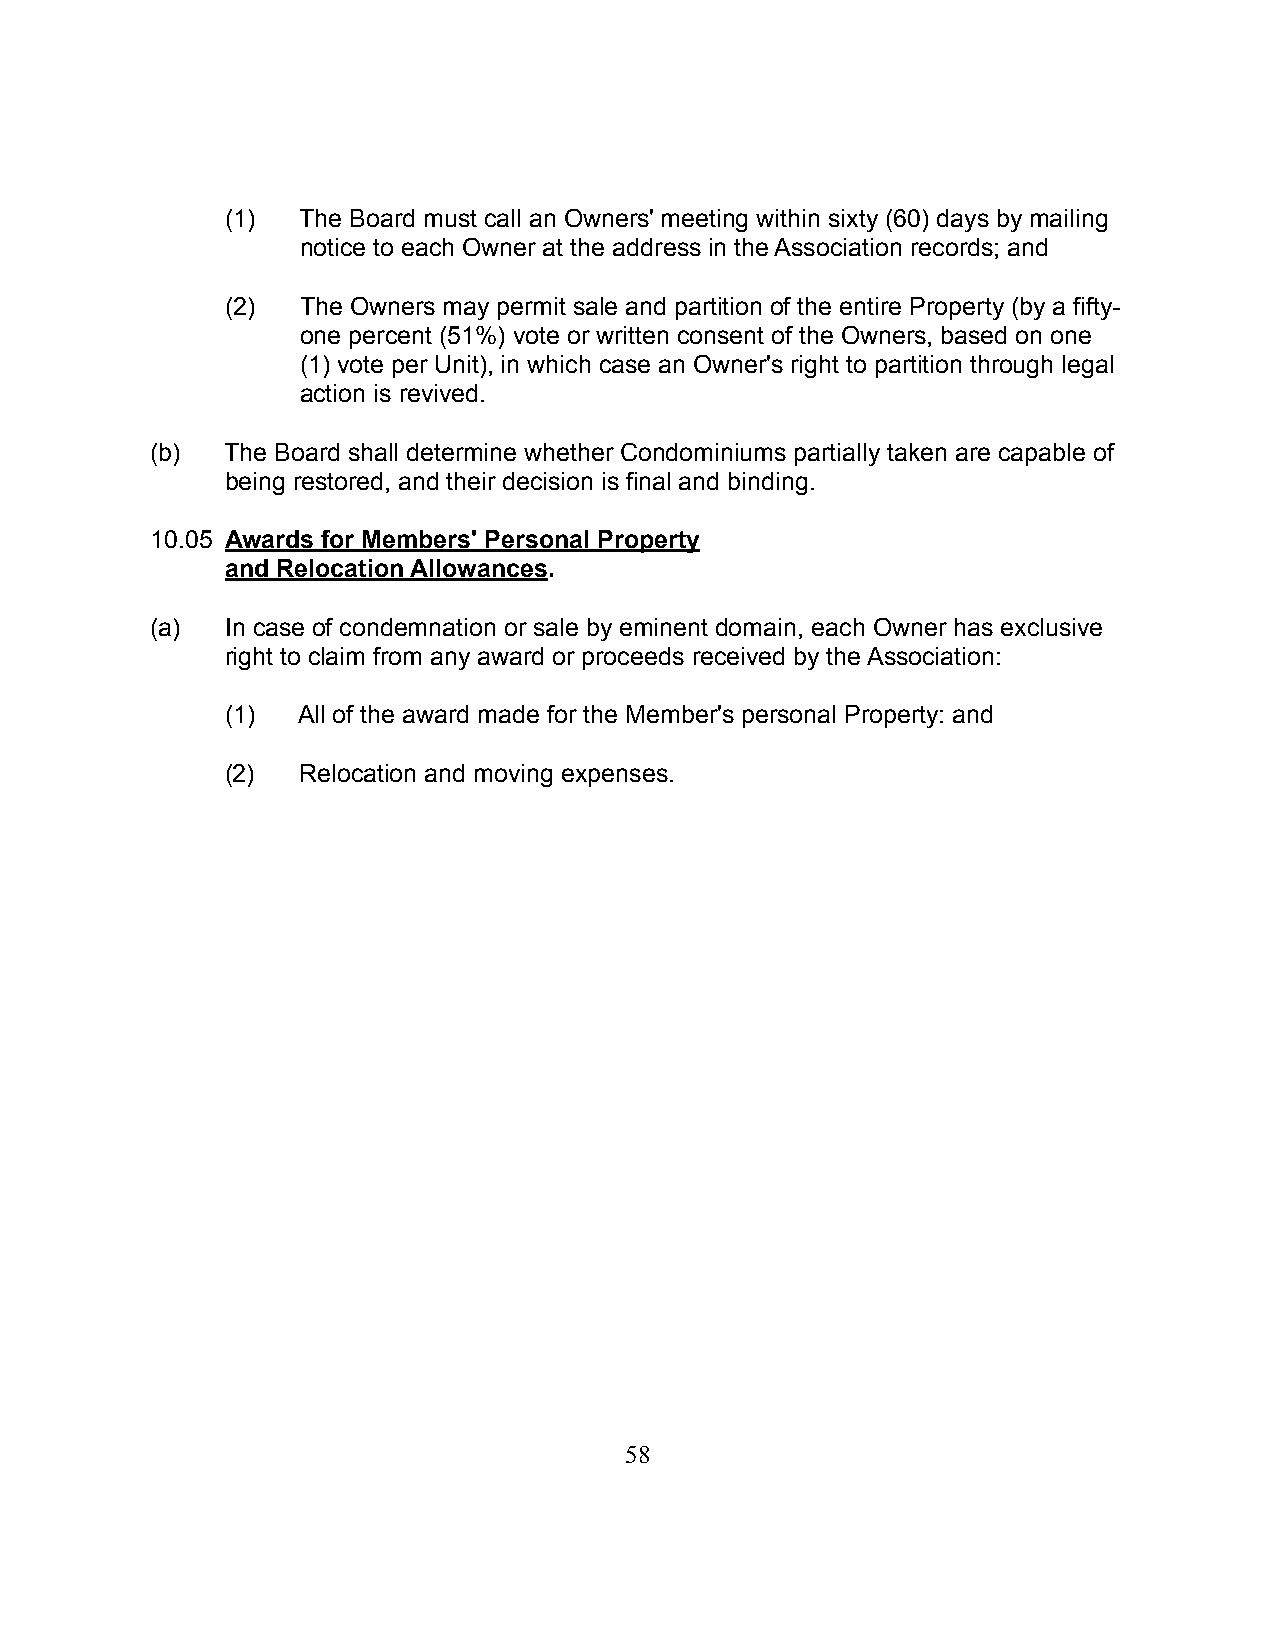
(1)  The Board must call an Owners' meeting within sixty (60) days by mailing
 notice to each Owner at the address in the Association records; and
 (2)  The Owners may permit sale and partition of the entire Property (by a fifty-
 one percent (51%) vote or written consent of the Owners, based on one
 (1) vote per Unit), in which case an Owner's right to partition through legal
 action is revived.
 (b)  The Board shall determine whether Condominiums partially taken are capable of
 being restored, and their decision is final and binding.
 10.05 Awards for Members' Personal Property
 and Relocation Allowances.
 (a)  In case of condemnation or sale by eminent domain, each Owner has exclusive
 right to claim from any award or proceeds received by the Association:
 (1)  All of the award made for the Member's personal Property: and
 (2)  Relocation and moving expenses.
 58